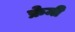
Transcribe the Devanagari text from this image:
फ्रेमी